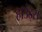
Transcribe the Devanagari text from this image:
हाउंड्स